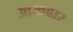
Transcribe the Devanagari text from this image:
आखबार